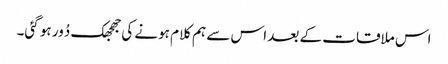
اس ملاقات کے بعد اس سے ہم کلام ہونے کی جھجھک دُور ہو گئی۔